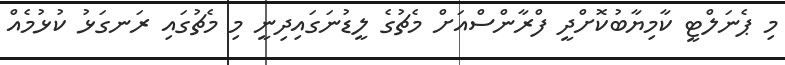
މި ޕެނަލްޓީ ކާމިޔާބުކޮށްދީ ފްރާންސްއަށް މެޗުގެ ލީޑުނަގައިދިނީ މި މެޗުގައި ރަނގަޅު ކުޅުމެއް